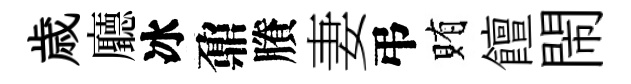
歳廳冰鼐賸妻弔賄饘閙